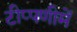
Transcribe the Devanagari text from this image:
टीप्‍पणीमें